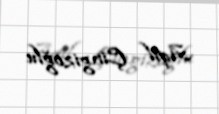
Aqil Çingizoğlu